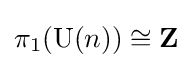
\pi _{1}(\operatorname {U} (n))\cong \mathbf {Z}